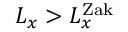
L _ { x } > L _ { x } ^ { \mathrm { Z a k } }